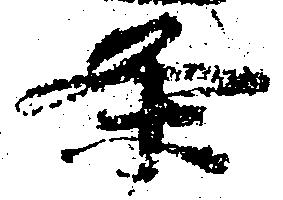
条